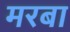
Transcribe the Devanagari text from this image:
मरबा